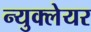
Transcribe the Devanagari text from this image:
न्युक्लेयर